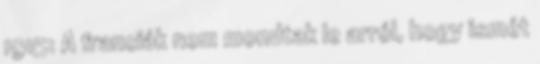
1915: A franciák nem mondtak le arról, hogy ismét